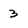
Character: 3